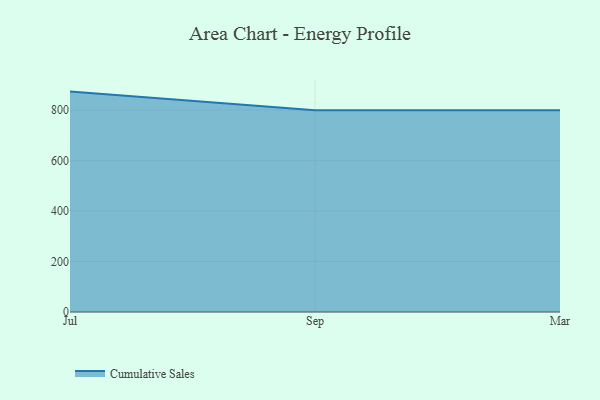
{"axis": {"x": "Month", "y": "Latency (ms)"}, "legend": ["Cumulative Sales"], "data": [{"x": "Jul", "y": 873.5, "type": "Cumulative Sales"}, {"x": "Sep", "y": 800, "type": "Cumulative Sales"}, {"x": "Mar", "y": 800, "type": "Cumulative Sales"}]}